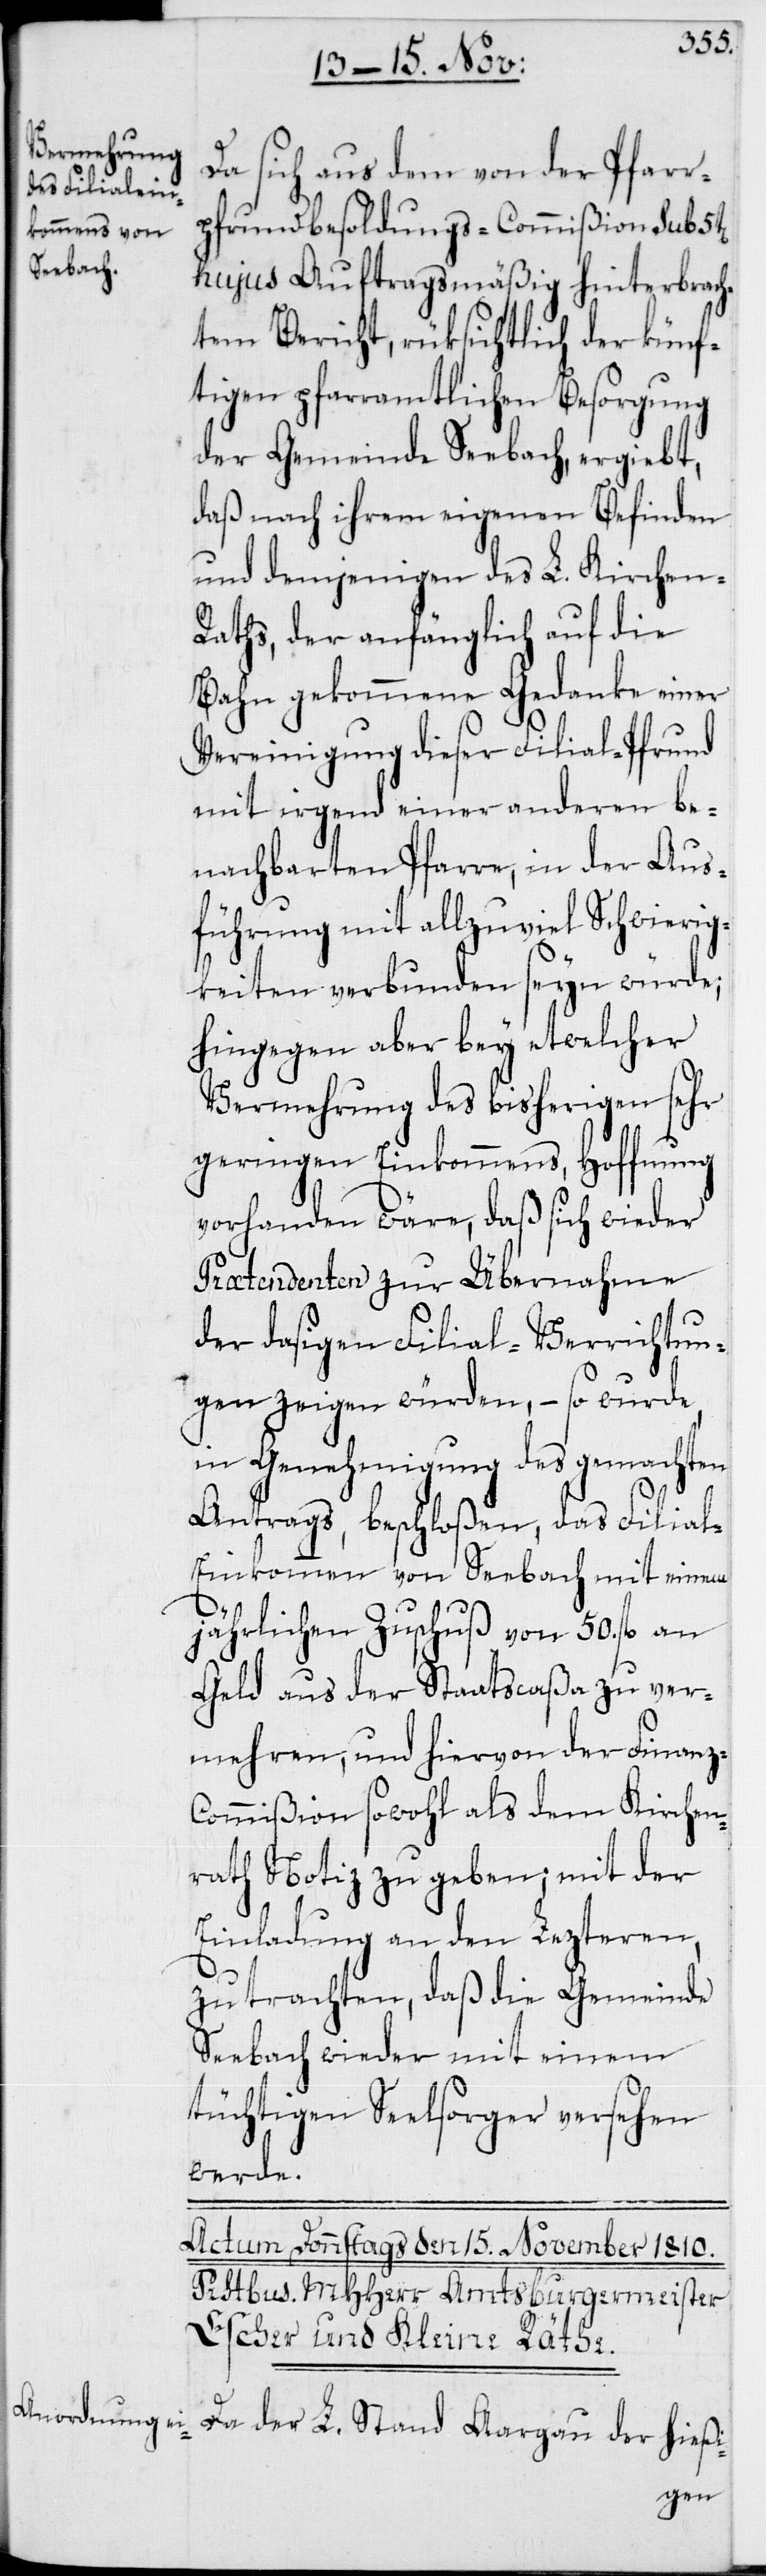
z-C¬
Da sich aus dem von der Pfarr¬
pfrundbesoldungs-Commißion sub
hujus Auftragsmäßig hinterbrach¬
tem Bericht, rüksichtlich der künf¬
tigen pfarramtlichen Besorgung
der Gemeinde Seebach, ergiebt,
daß nach ihrem eigenen Befinden
und demjenigen des L. Kirchen-R¬
aths, der anfänglich auf die
Bahn gekommene Gedanke einer
Vereinigung dieser Filial-Pfrund
mit irgend einer anderen be¬
nachbarten Pfarre, in der Aus¬
führung mit allzuviel Schwierig¬
keiten verbunden seyn würde;
hingegen aber bey etwelcher
Vermehrung des bisherigen sehr
geringen Einkommens, Hoffnung
vorhanden wäre, daß sich wieder
Prætendenten zur Übernahme
der dasigen Filial-Verrichtun¬
gen zeigen würden, – so wurde,
in Genehmigung des gemachten
Antrags, beschloßen, das Filial-E¬
inkommen von Seebach mit einem
jährlichen Zuschuß von 50. fl.
Geld aus der Staatscaßa zu ver¬
mehren, und hiervon der Finan¬
ommißion sowohl als dem Kirchen¬
rath Notiz zu geben; mit der
Einladung an den Lezteren,
zu trachten, daß die Gemeinde
Seebach wieder mit einem
tüchtigen Seelsorger versehen
werde.
Da der L. Stand Aargau der hießi-